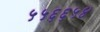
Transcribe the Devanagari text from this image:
५५६६५४